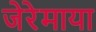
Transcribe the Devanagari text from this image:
जेरेमाया